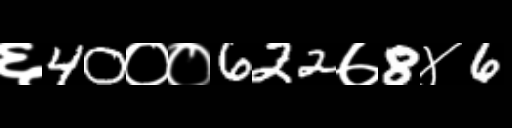
Text: ६40००622७8४6